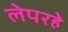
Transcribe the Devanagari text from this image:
लेपरहे